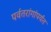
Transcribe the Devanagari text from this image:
पर्वतरांगांपर्यंत